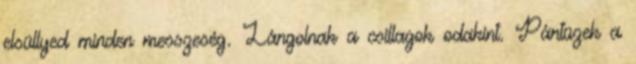
elsüllyed minden messzeség. Lángolnak a csillagok odakint. Pántüzek a